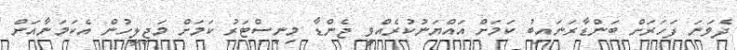
ދެވަނަ ފަހަރަށް ބަންޑާރަނައިބު ކަމަށް އައްޔަނުކުރެއްވީ ޖެންޑާ މިނިސްޓަރު ކަމަށް މަޖިލީހުން އެކަމަނާއަށް